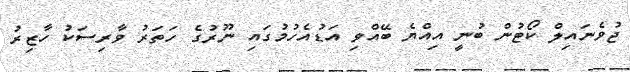
ޖުވެނައިލް ކޯޓުން ބުނީ އިއްޔެ ބޭއްވި އަޑުއެހުމުގައި ނޫރުގެ ހަތަރު ވާރިސަކު ހާޒިރު